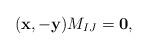
LaTeX: \begin{align*} (\mathbf{x},-\mathbf{y})M_{IJ}={\bf 0}, \end{align*}